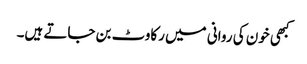
کبھی خون کی روانی میں رکاوٹ بن جاتے ہیں۔